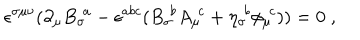
\epsilon ^ { \sigma \mu \nu } ( \partial _ { \mu } { B _ { \sigma } } \! ^ { a } - \epsilon ^ { a b c } ( { B _ { \sigma } } \! ^ { b } { A _ { \mu } } \! ^ { c } + { \eta _ { \sigma } } \! ^ { b } { \phi _ { \mu } } \! ^ { c } ) ) = 0 \; ,